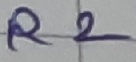
Text: R2